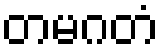
တမဂတံ